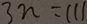
3 n = 1 1 1